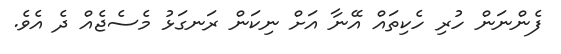
ފެންނަން ހުރި ހެކިތައް އޭނާ އަށް ނިކަން ރަނގަޅު މެސެޖެއް ދެ އެވެ.